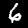
Digit: 6